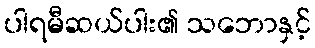
ပါရမီဆယ်ပါး၏ သဘောနှင့်